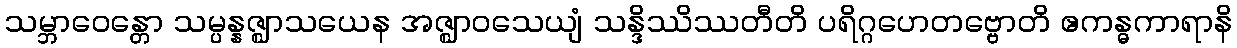
သမ္ဘာဝေန္တော သမ္ပန္နဇ္ဈာသယေန အဇ္ဈာဝသေယျံ သန္ဒိဿိဿတီတိ ပရိဂ္ဂဟေတဗ္ဗောတိ ဧကန္ဓကာရာနိ